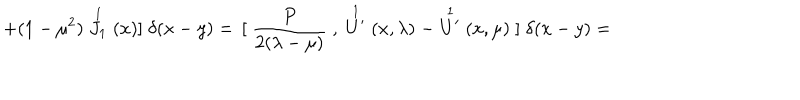
+ ( 1 - \mu ^ { 2 } ) \stackrel { 1 } { J _ { 1 } } ( x ) { ] } \; \delta ( x - y ) = \, { [ } \; \frac { P } { 2 ( \lambda - \mu ) } \; , \; \stackrel { 1 } { U ^ { \prime } } ( x , \lambda ) \; - \stackrel { 1 } { U ^ { \prime } } ( x , \mu ) \; { ] } \; \delta ( x - y ) =